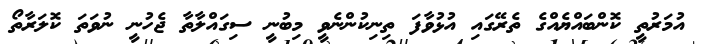
އުމަރުތީ ކޮންބައްޔެއްގެ ތެރޭގައި އުޅުވާފަ ތިނިކުންނެވީ މިބުނީ ސިގައްލާތާ ޖެހުނީ ނުވަތަ ކޮލަރާތޯ